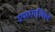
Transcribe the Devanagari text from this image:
उयारंगलिल